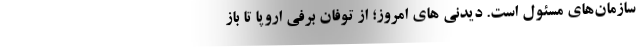
سازمان‌های مسئول است. دیدنی‌ های امروز؛ از توفان برفی اروپا تا باز